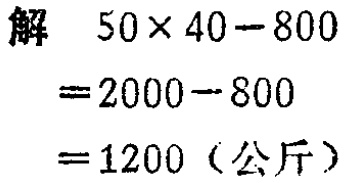
解

\[

\begin{align*}

&50\times40 - 800\\

=&2000 - 800\\

=&1200 (\text{公斤})

\end{align*}

\]